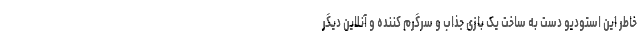
خاطر این استودیو دست به ساخت یک بازی جذاب و سرگرم کننده و آنلاین دیگر